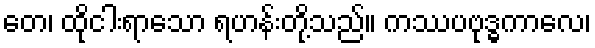
တေ၊ ထိုငါးရာသော ရဟန်းတို့သည်။ ကဿပဗုဒ္ဓကာလေ၊